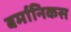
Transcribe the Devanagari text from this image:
बर्मानिकस